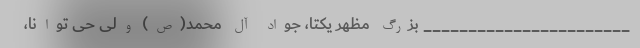
_______________________ بزرگ مظهر یکتا، جواد آل محمد(ص) ولی حی توانا،